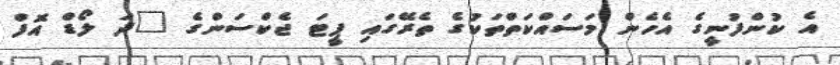
އެ ކުންފުނީގެ އެހެން މަސައްކަތްތަކުގެ ތެރޭގައި ޕީޓަ ޖެކްސަންގެ "ދަ ލޯޑް އޮފް